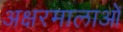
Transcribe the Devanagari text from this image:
अक्षरमालाओं